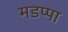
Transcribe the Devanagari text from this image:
मडप्पा